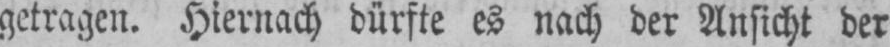
getragen. Hiernach dürfte es nach der Ansicht der